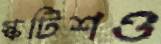
স্কটিশও